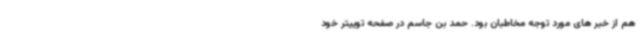
هم از خبر های مورد توجه مخاطبان بود. حمد بن جاسم در صفحه توییتر خود